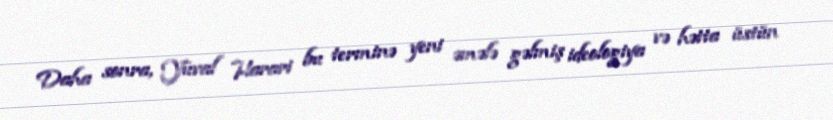
Daha sonra, Yuval Harari bu terminə yeni əmələ gəlmiş ideologiya və hətta üstün